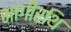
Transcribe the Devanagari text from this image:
भागीरथि